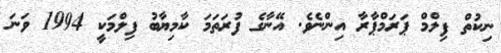
ނިކުތް ފިލްމް ޕަރަމްޕާރާ އިންނެވެ. އޭނާގެ ފުރަތަމަ ކާމިޔާބު ފިލްމަކީ 1994 ވަނަ